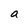
Character: a